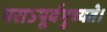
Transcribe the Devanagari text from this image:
पराऽपूर्वमुच्यते।